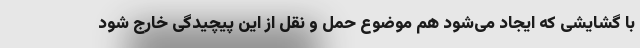
با گشایشی که ایجاد می‌شود هم موضوع حمل و نقل از این پیچیدگی خارج شود